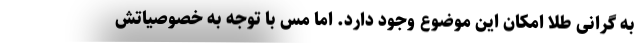
به گرانی طلا امکان این موضوع وجود دارد. اما مس با توجه به خصوصیاتش